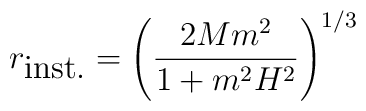
r_{\mbox{inst.}}=\left(\frac{2Mm^2}{1+m^2H^2}\right)^{1/3}